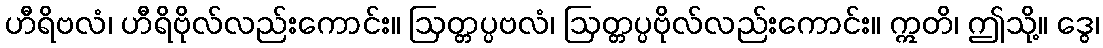
ဟီရိဗလံ၊ ဟီရိဗိုလ်လည်းကောင်း။ ဩတ္တပ္ပဗလံ၊ ဩတ္တပ္ပဗိုလ်လည်းကောင်း။ ဣတိ၊ ဤသို့။ ဒွေ၊